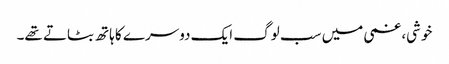
خوشی، غمی میں سب لوگ ایک دوسرے کا ہاتھ بٹاتے تھے۔